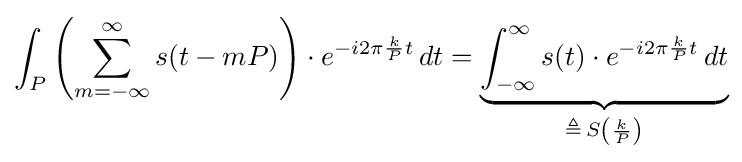
\int _{P}\left(\sum _{m=-\infty }^{\infty }s(t-mP)\right)\cdot e^{-i2\pi {\frac {k}{P}}t}\,dt=\underbrace {\int _{-\infty }^{\infty }s(t)\cdot e^{-i2\pi {\frac {k}{P}}t}\,dt} _{\triangleq \,S\left({\frac {k}{P}}\right)}